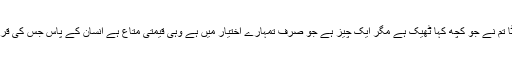
وہ مُسکراتے ہوئے فرمانے لگے نہیں بیٹا تم نے جو کچھ کہا ٹھیک ہے مگر ایک چیز ہے جو صرف تُمہارے اختیار میں ہے وہی قیمتی متاع ہے انسان کے پاس جس کی قربانی اللہُ سُبحانہُ تعالیٰ کو بےحد پسند ہے۔